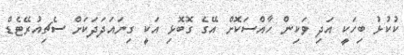
ކުކުޅު ބިހަކީ އަދި ވަކިން ހާއްސަކޮށް އޭގެ ގޮބޮޅި އަކީ ގިނައަދަދަކަށް ސެޗިއުރޭޓެޑް